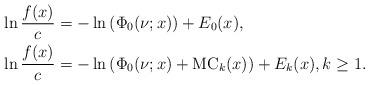
LaTeX: \begin{align*}&\ln \frac{f(x)}{c}=-\ln\left(\Phi_0(\nu;x)\right)+E_0(x),\\&\ln \frac{f(x)}{c} =-\ln\left(\Phi_0(\nu;x)+\mathrm{MC}_k(x)\right)+E_k(x),k\ge 1.\end{align*}